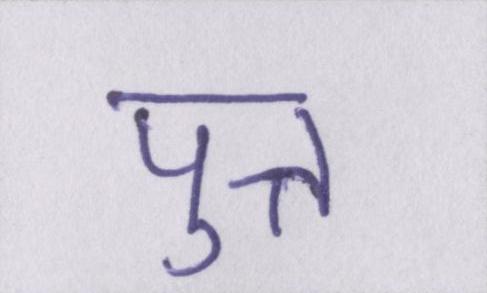
पुत्त